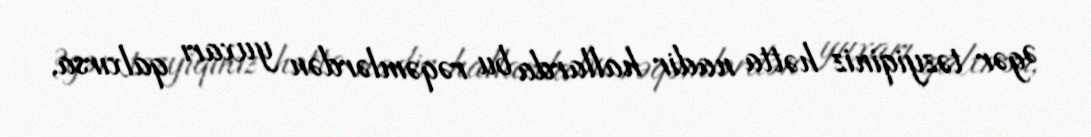
Əgər təzyiqiniz hətta nadir hallarda bu rəqəmlərdən yuxarı qalxırsa,